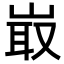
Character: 𡸘